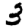
Digit: 3